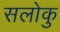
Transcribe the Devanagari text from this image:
सलोकु